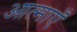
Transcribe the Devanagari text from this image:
आत्‍माएँ